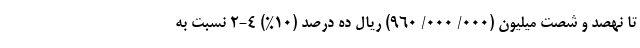
تا نهصد و شصت میلیون (۰۰۰/ ۰۰۰/ ۹۶۰) ریال ده درصد (۱۰%) ۴-۲ نسبت به